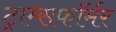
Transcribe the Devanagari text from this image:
ट्राम्सफॉर्मर